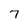
Character: 7